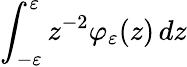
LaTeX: \int_{-\varepsilon}^{\varepsilon}z^{-2}\varphi_{\varepsilon}(z)\mathop{}\! {d{z}}